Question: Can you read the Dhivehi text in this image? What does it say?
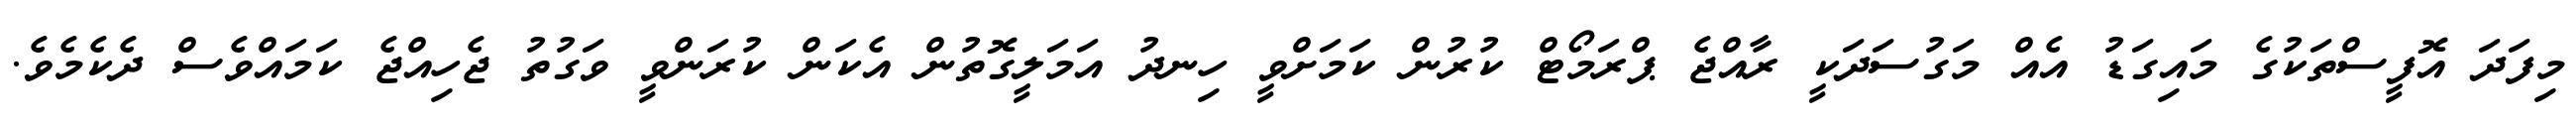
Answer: މިފަދަ އޮފީސްތަކުގެ މައިގަޑު އެއް މަގުސަދަކީ ރާއްޖެ ޕްރަމޯޓް ކުރުން ކަމަށްވީ ހިނދު އަމަލީގޮތުން އެކަން ކުރަންވީ ވަގުތު ޖެހިއްޖެ ކަމައްވެސް ދެކެމެވެ.